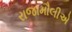
રાજામૌલીએ